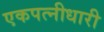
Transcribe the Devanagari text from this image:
एकपत्नीधारी